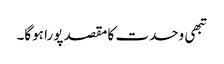
تبھی وحدت کا مقصد پورا ہوگا۔